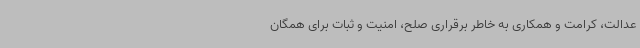
عدالت، کرامت و همکاری به خاطر برقراری صلح، امنیت و ثبات برای همگان